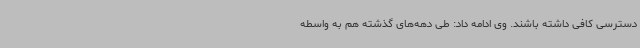
دسترسی کافی داشته باشند. وی ادامه داد: طی دهه‌های گذشته هم به واسطه